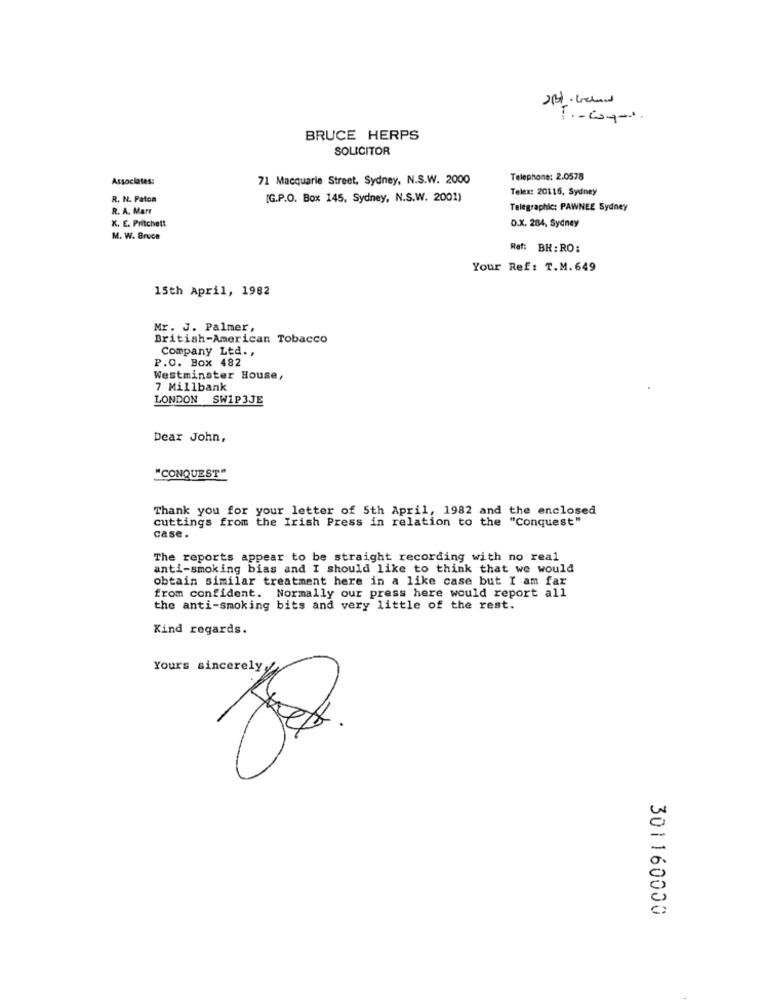
BRUCE HERPS
SOLICITOR
Associates:
71 Macquarie Street, Sydney, N.S.W. 2000
Telephone: 2.0578
Telex: 20116, Sydney
R. N. Faton
[G.P.O. Box 145, Sydney, N.S.W. 2001)
R. A. Marr
Telegraphic: PAWNEE Sydney
D.X. 284, Sydney
K. E. Pritchett
M. W. Bruce
Ref: BH: RO:
Your Ref: T.M. 649
15th April, 1982
Mr. J. Palmer,
British-American Tobacco
Company Ltd .,
P.O. Box 482
Westminster House,
7 Millbank
LONDON SW1P3JE
Dear John,
"CONQUEST"
Thank you for your letter of 5th April, 1982 and the enclosed
cuttings from the Irish Press in relation to the "Conquest"
case.
The reports appear to be straight recording with no real
anti-smoking bias and I should like to think that we would
obtain similar treatment here in a like case but I am far
from confident. Normally our press here would report all
the anti-smoking bits and very little of the rest.
Kind regards.
Yours sincerely
301160000